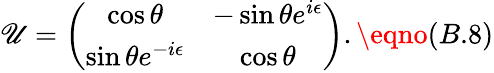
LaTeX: \mathscr{U}=\left(\begin{array}{cc}{{\cos{\theta}}}&{{-\sin{\theta}e^{i{\epsilon}}}}\\ {{\sin{\theta}e^{-i{\epsilon}}}}&{{\cos{\theta}}}\end{array}\right).\eqno(B.8)